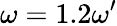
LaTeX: \omega=1.2\omega^{\prime}